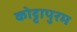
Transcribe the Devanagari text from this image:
कोट्टापुरम